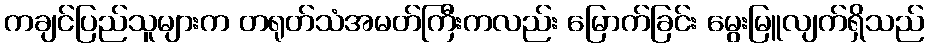
ကချင်ပြည်သူများက တရုတ်သံအမတ်ကြီးကလည်း မြောက်ခြင်း မွေးမြူလျက်ရှိသည်